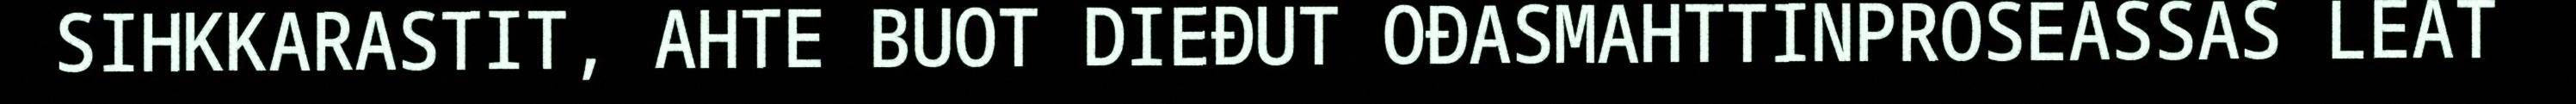
SIHKKARASTIT, AHTE BUOT DIEĐUT OĐASMAHTTINPROSEASSAS LEAT